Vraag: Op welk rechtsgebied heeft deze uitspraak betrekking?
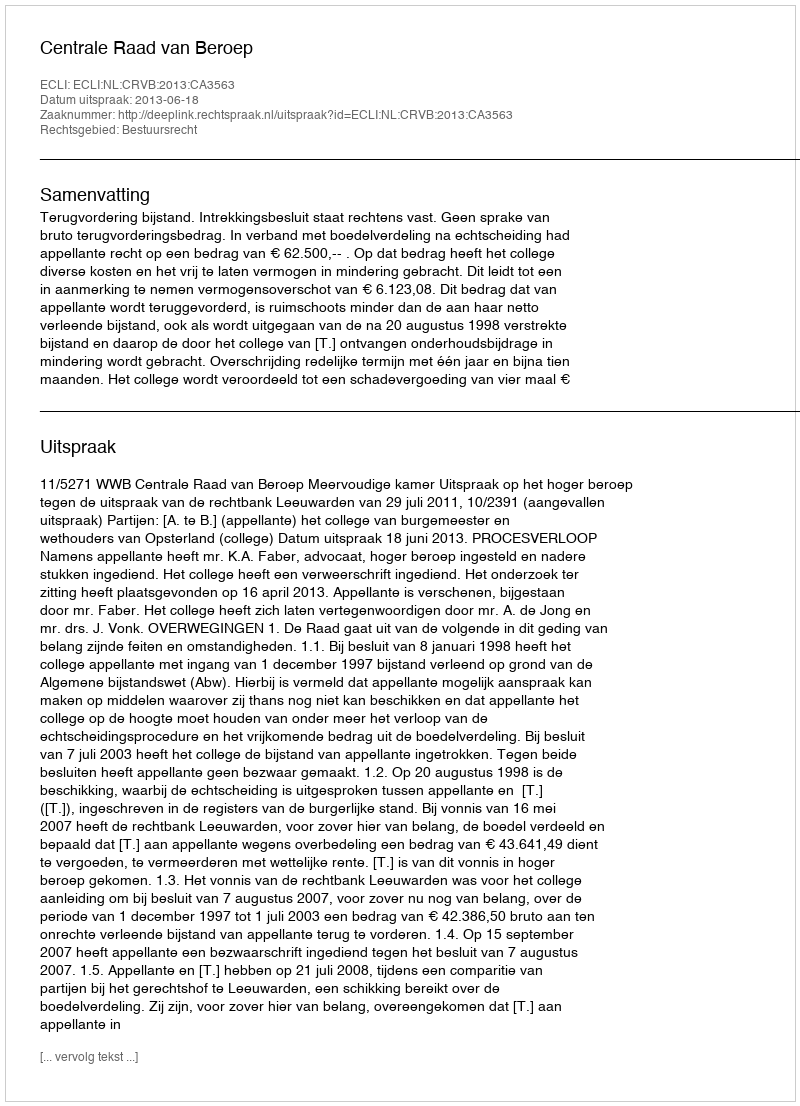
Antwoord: Bestuursrecht